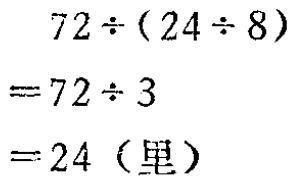
\[

\begin{align*}

&72\div(24\div 8)\\

=&72\div 3\\

=&24 (\text{里})

\end{align*}

\]